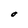
Character: O